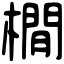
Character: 橌